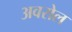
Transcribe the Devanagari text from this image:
अवरोल